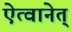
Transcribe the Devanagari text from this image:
ऐत्वानेत्